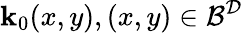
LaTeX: \mathbf{k}_{0}(x,y),(x,y)\in\mathcal{{B}}^{\mathcal{{D}}}